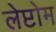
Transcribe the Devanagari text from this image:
लेप्टोम